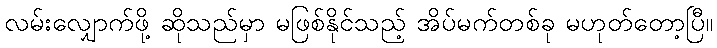
လမ်းလျှောက်ဖို့ ဆိုသည်မှာ မဖြစ်နိုင်သည့် အိပ်မက်တစ်ခု မဟုတ်တော့ပြီ။